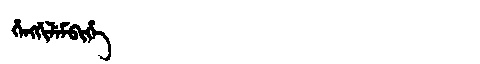
Manchu: ᡥᡝᠩᡤᡳᠯᡝᠮᠪᡳᡥᡝ
Romanization: HENGGILEMBIHE